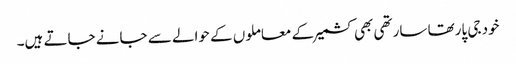
خود جی پارتھا سارتھی بھی کشمیر کے معاملوں کے حوالے سے جانے جاتے ہیں۔